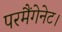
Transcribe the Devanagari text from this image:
परमैंगेनेट।